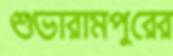
শুভারামপুরের